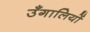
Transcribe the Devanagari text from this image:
उँगालियों